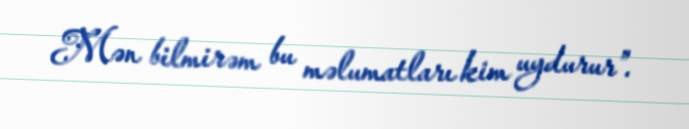
Mən bilmirəm bu məlumatları kim uydurur”.